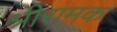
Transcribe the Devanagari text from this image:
श्रीरामक